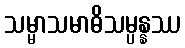
သမ္မာသမာဓိသမ္ပန္နဿ